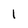
Character: 1